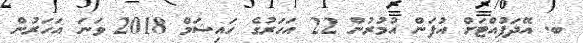
ބ. އޭދަފުއްޓަށް އުފަން އުމުރުން 22 އަހަރުގެ ހައިޝަމް 2018 ވަނަ އަހަރުން